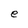
Character: e